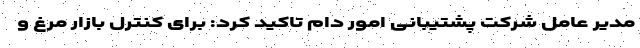
مدیر عامل شرکت پشتیبانی امور دام تاکید کرد: برای کنترل بازار مرغ و